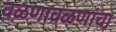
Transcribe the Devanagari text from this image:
वळणावळणांचा